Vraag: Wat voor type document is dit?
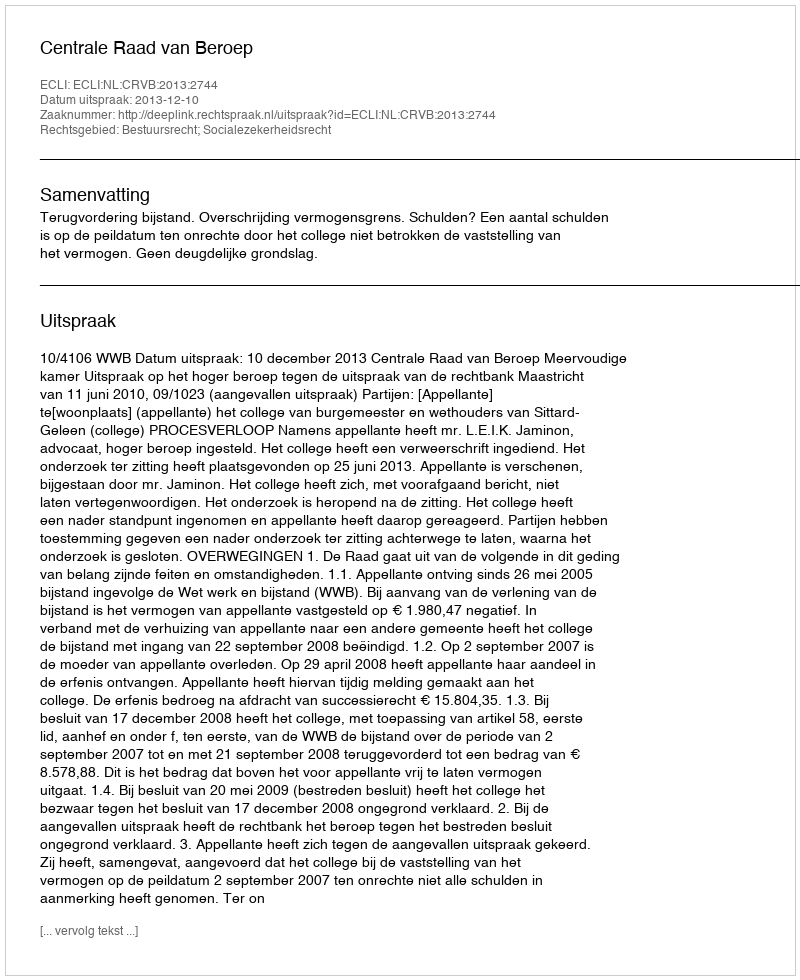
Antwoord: Uitspraak